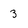
Character: 3